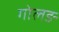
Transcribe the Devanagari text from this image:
गोलङ